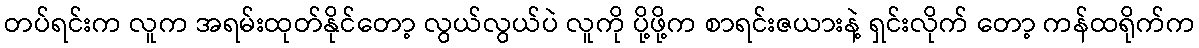
တပ်ရင်းက လူက အရမ်းထုတ်နိုင်တော့ လွယ်လွယ်ပဲ လူကို ပို့ဖို့က စာရင်းဇယားနဲ့ ရှင်းလိုက် တော့ ကန်ထရိုက်က